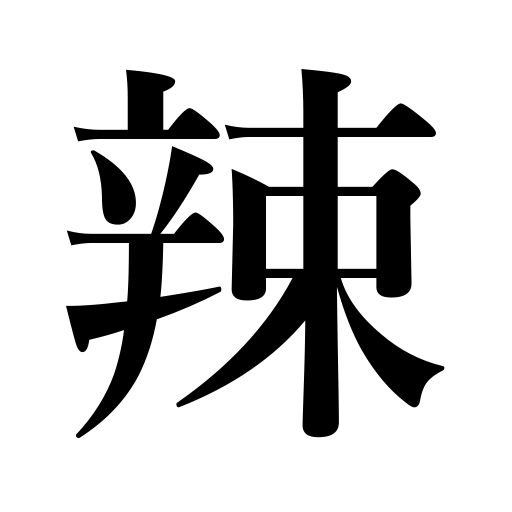
Meanings: bitter